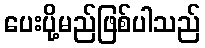
ပေးပို့မည်ဖြစ်ပါသည်